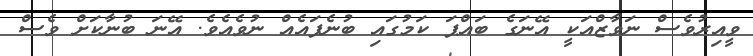
ވީއިރުވެސް ނަވާޒްއަކީ އޭނަގެ ބައްޕަ ކަމުގައި ބުނެފައެއް ނުވެއެވެ. އޭނަ ބުނާކަށް ވެސް